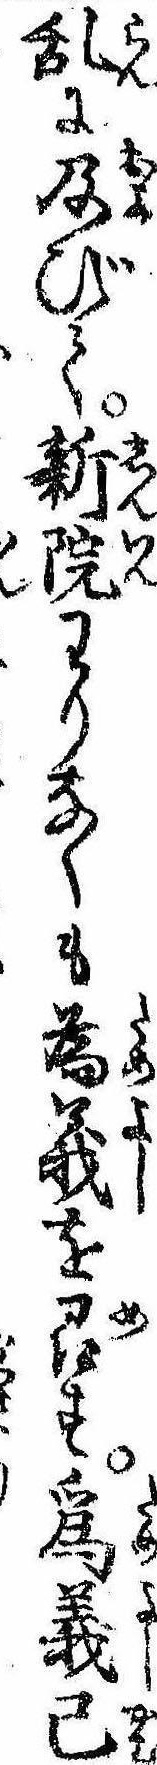
乱に及びて新院わりなくも為義を召す為義已